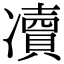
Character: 凟